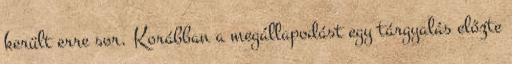
került erre sor. Korábban a megállapodást egy tárgyalás előzte